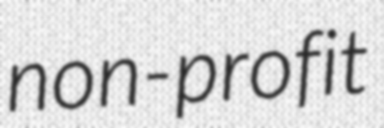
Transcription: non-profit